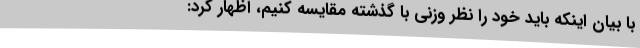
با بیان اینکه باید خود را نظر وزنی با گذشته مقایسه کنیم، اظهار کرد: